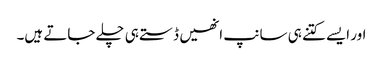
اور ایسے کتنے ہی سانپ انھیں ڈستے ہی چلے جاتے ہیں۔